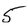
Character: 5